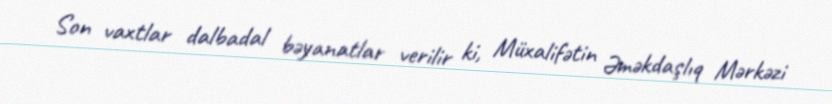
Son vaxtlar dalbadal bəyanatlar verilir ki, Müxalifətin Əməkdaşlıq Mərkəzi